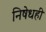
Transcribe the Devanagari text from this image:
निषेधही